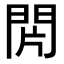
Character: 𨳭